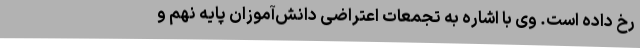
رخ داده است. وی با اشاره به تجمعات اعتراضی دانش‌آموزان پایه نهم و